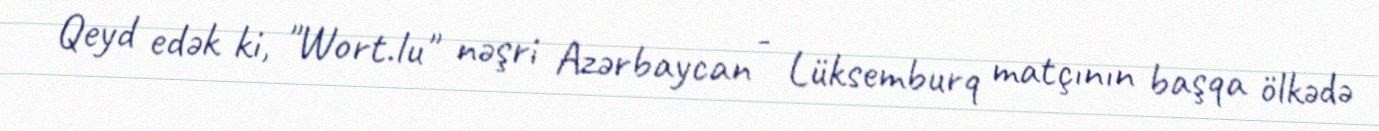
Qeyd edək ki, "Wort.lu" nəşri Azərbaycan - Lüksemburq matçının başqa ölkədə